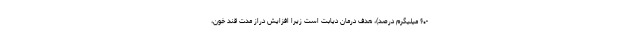
-۶۰ میلیگرم درصد)، هدف درمان دیابت است زیرا افزایش دراز مدت قند خون،